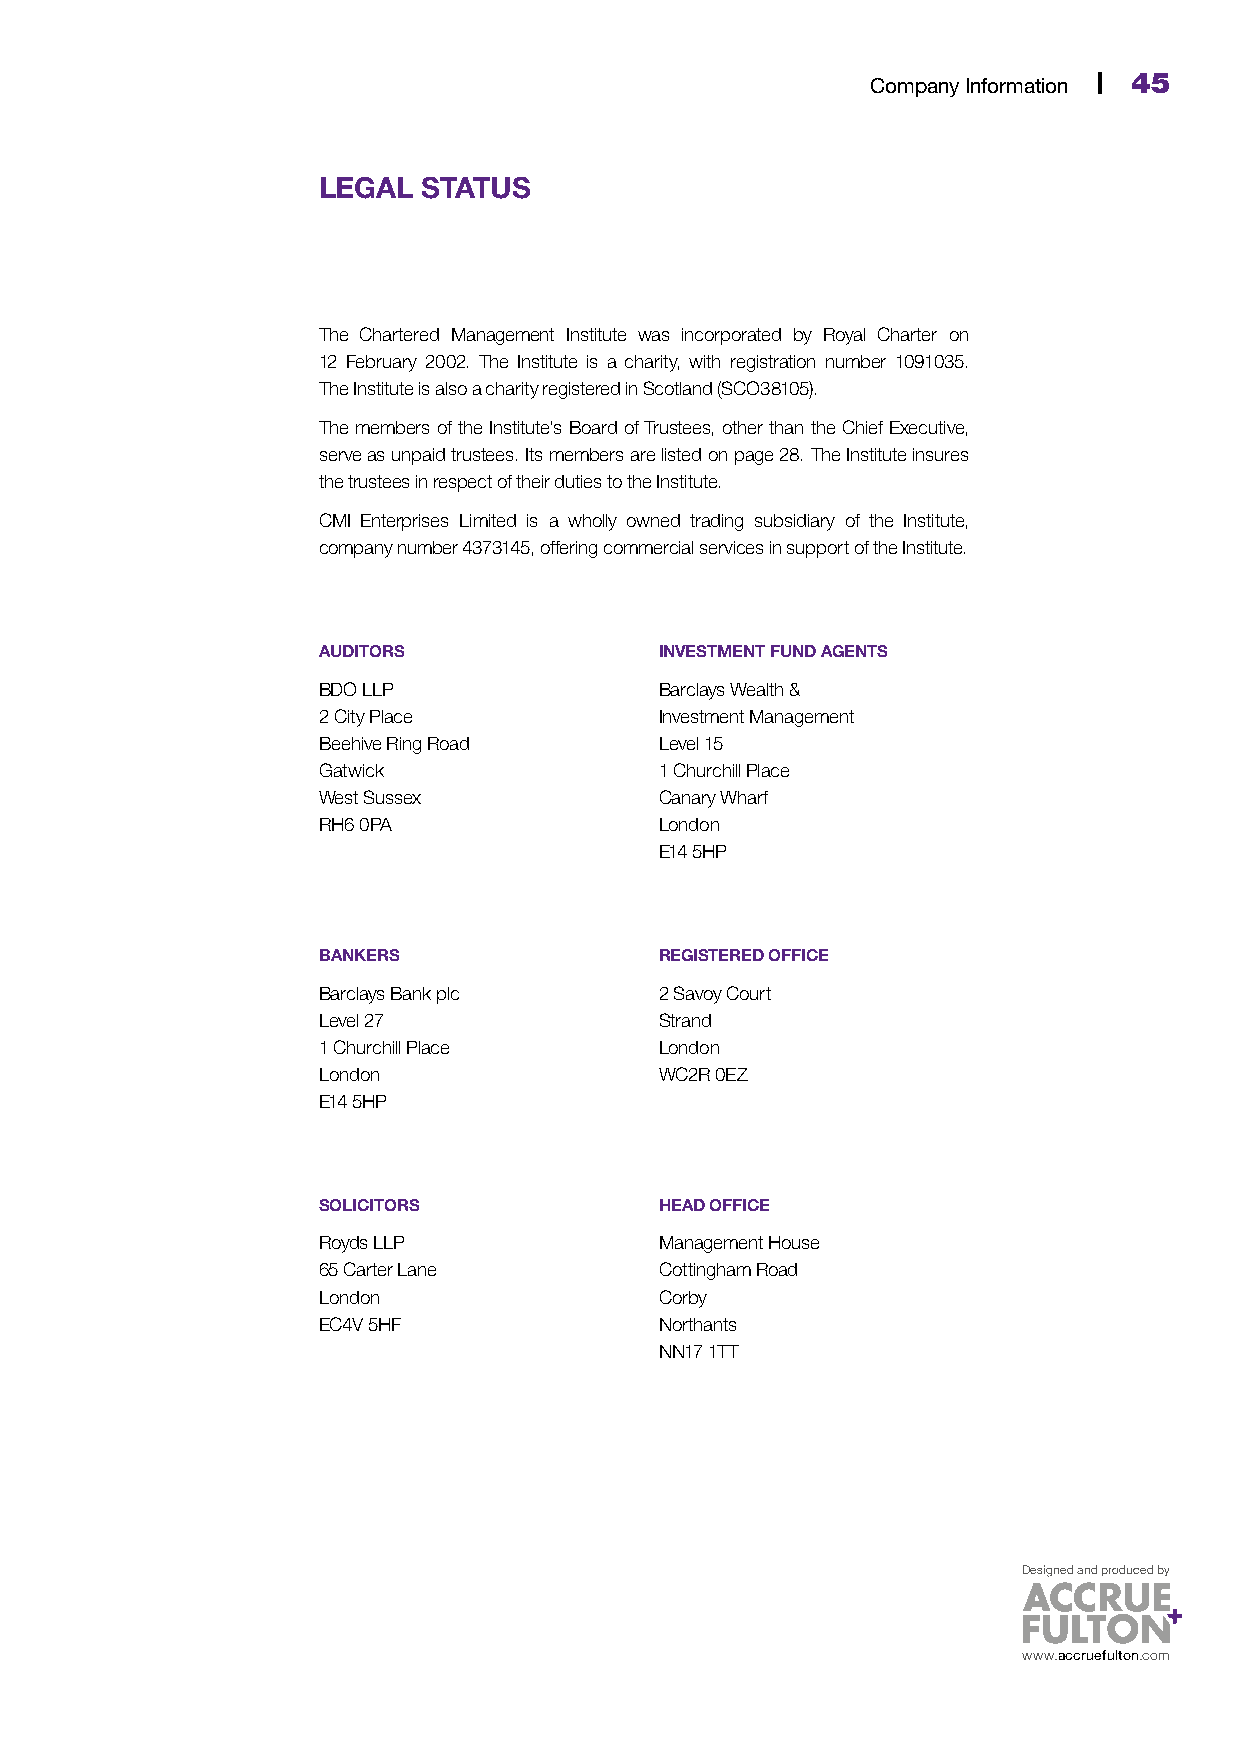
44 | CMI Annual Report & Accounts 2014                    Company Information | 45
 LEGAL  STATUS
 The Chartered Management Institute was incorporated by Royal Charter on
 12 February 2002. The Institute is a charity, with registration number 1091035.
 The Institute is also a charity registered in Scotland (SCO38105).
 The members of the Institute’s Board of Trustees, other than the Chief Executive,
 serve as unpaid trustees. Its members are listed on page 28. The Institute insures
 the trustees in respect of their duties to the Institute.
 CMI Enterprises Limited is a wholly owned trading subsidiary of the Institute,
 company number 4373145, offering commercial services in support of the Institute.
 AUDITORS               INVESTMENT FUND AGENTS
 BDO LLP                Barclays Wealth &
 2 City Place           Investment Management
 Beehive Ring Road      Level 15
 Gatwick                1 Churchill Place
 West Sussex            Canary Wharf
 RH6 0PA                London
 E14 5HP
 BANKERS                REGISTERED OFFICE
 Barclays Bank plc      2 Savoy Court
 Level 27               Strand
 1 Churchill Place      London
 London                 WC2R 0EZ
 E14 5HP
 SOLICITORS             HEAD OFFICE
 Royds LLP              Management House
 65 Carter Lane         Cottingham Road
 London                 Corby
 EC4V 5HF               Northants
 NN17 1TT
 Designed and produced by
 www.accruefulton.com